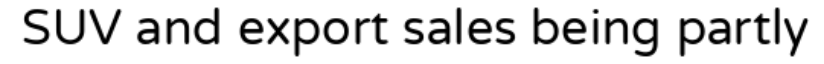
SUV and export sales being partly